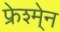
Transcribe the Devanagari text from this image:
फ्रेश्मे्न